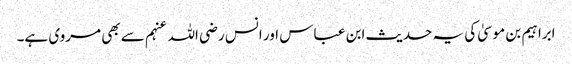
ابراہیم بن موسیٰ کی یہ حدیث ابن عباس اور انس رضی اللہ عنہم سے بھی مروی ہے۔